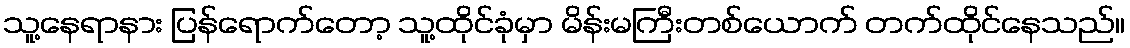
သူ့နေရာနား ပြန်ရောက်တော့ သူ့ထိုင်ခုံမှာ မိန်းမကြီးတစ်ယောက် တက်ထိုင်နေသည်။